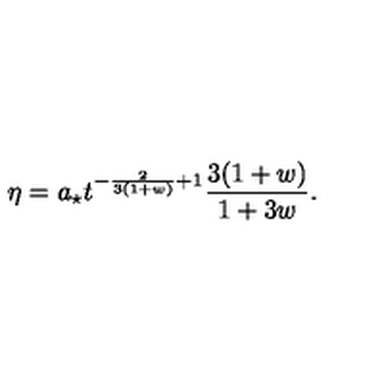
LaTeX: \eta = a _ { \star } t ^ { - \frac { 2 } { 3 ( 1 + w ) } + 1 } \frac { 3 ( 1 + w ) } { 1 + 3 w } .